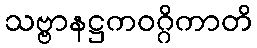
သဗ္ဗာနဋ္ဌကဝဂ္ဂိကာတိ